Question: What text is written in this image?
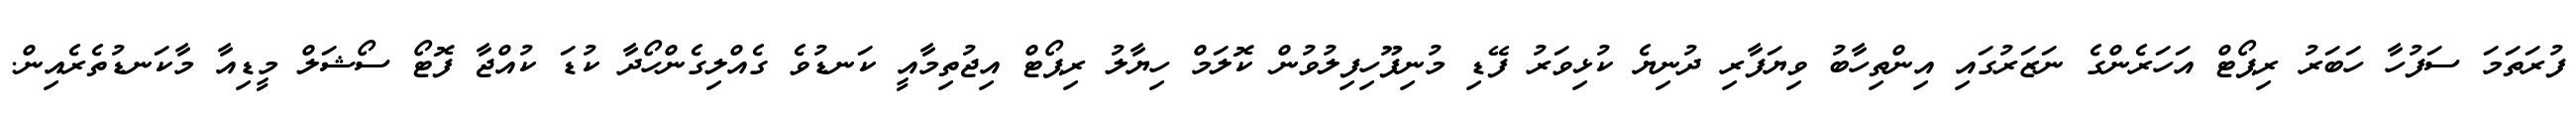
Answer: ފުރަތަމަ ސަފުހާ ހަބަރު ރިޕޯޓް އަހަރެންގެ ނަޒަރުގައި އިންތިހާބު ވިޔަފާރި ދުނިޔެ ކުޅިވަރު ފޭޑި މުނިފޫހިފިލުވުން ކޮލަމް ހިޔާލު ރިޕޯޓް އިޖުތިމާއީ ކަނޑުވެ ގެއްލިގެންހޯދާ ކުޑަ ކުއްޖާ ފޮޓޯ ސޯޝަލް މީޑިއާ މާކަނޑުތެރެއިން.